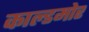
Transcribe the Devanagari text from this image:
काल्डमोर